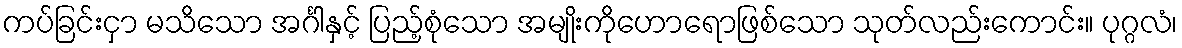
ကပ်ခြင်းငှာ မသိသော အင်္ဂါနှင့် ပြည့်စုံသော အမျိုးကိုဟောရောဖြစ်သော သုတ်လည်းကောင်း။ ပုဂ္ဂလံ၊